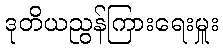
ဒုတိယညွန်ကြားရေးမှူး